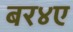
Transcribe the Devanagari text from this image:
बर४ए